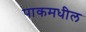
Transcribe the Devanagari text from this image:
पाकमधील